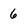
Character: 6